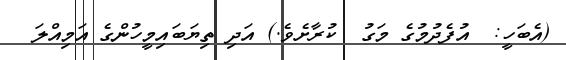
(އެބަހީ:  އުފެދުމުގެ މަގު  ކުރާށެވެ.) އަދި ތިޔަބައިމީހުންގެ އަމިއްލަ